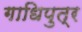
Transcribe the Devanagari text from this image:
गाधिपुत्र